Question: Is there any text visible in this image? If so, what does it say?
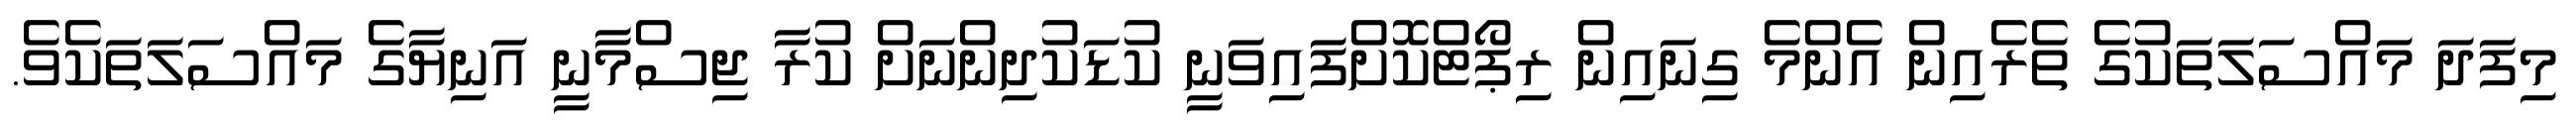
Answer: މިފަދަ މައްސަލަތަކުގެ ތެރެއިން އެންމެ ގިނައިން ރިޕޯޓްކޮށްފައިވަނީ ކުޑަކުދިންނަށް ކުރާ ޖިސްމާނީ އަނިޔާގެ މައްސަލަތަކެވެ.